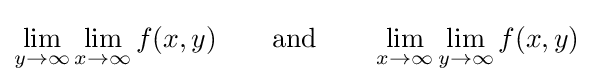
\lim _{y\to \infty }\lim _{x\to \infty }f(x,y)\qquad {\text{and}}\qquad \lim _{x\to \infty }\lim _{y\to \infty }f(x,y)